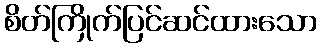
စိတ်ကြိုက်ပြင်ဆင်ထားသော